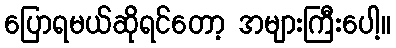
ပြောရမယ်ဆိုရင်တော့ အများကြီးပေါ့။